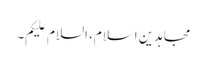
مجاہدین ِاسلام، السلام علیکم۔